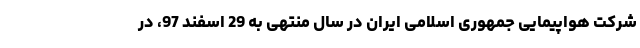
شرکت هواپیمایی جمهوری اسلامی ایران در سال منتهی به 29 اسفند 97، در